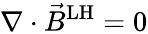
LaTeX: \nabla\cdot{\vec{B}}^{\mathrm{LH}}=0